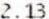
2.13